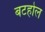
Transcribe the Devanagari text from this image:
बटहोल